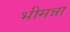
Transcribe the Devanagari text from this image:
भीमन्ना